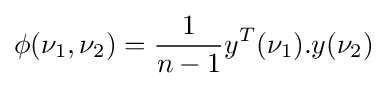
\phi (\nu _{1},\nu _{2})={\frac {1}{n-1}}y^{T}(\nu _{1}).y(\nu _{2})